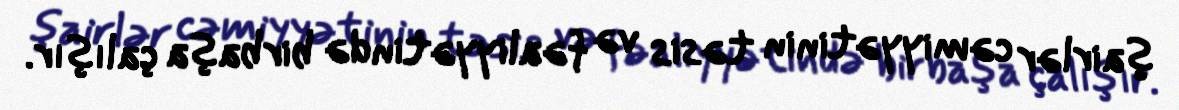
şairlər cəmiyyətinin təsis və fəaliyyətində birbaşa çalışır.